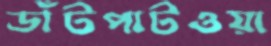
ডাঁটপাটওয়া